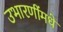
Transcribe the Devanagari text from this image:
उभारणींमधे